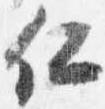
仁